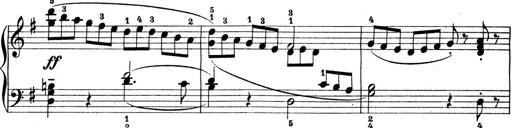
Title: Preis-Sonatine
Composer: Ernst James Bremner